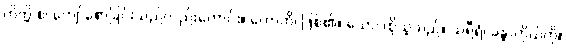
ကိတ္တိ စ၊ ကျော်စောခြင်းသည်လည်းကောင်း။ ဟောတိ၊ ဖြစ်၏။ သော၊ ထိုသူသည်။ သရီရံ၊ ခန္ဓာကိုယ်ကို။